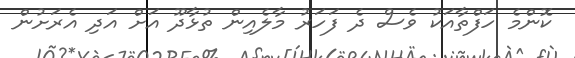
ކޮންމެ ހަފްތާއަކު ވެސް ދެ ފަހަރު މާލެއިން ތުޅާދޫ އަށް އަދި އެރަށުން